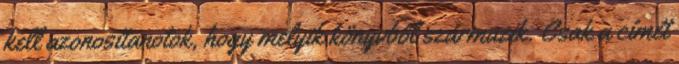
kell azonosítanotok, hogy melyik könyvből származik. Csak a címét